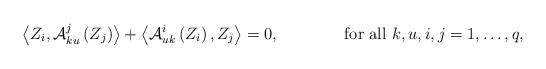
LaTeX: \begin{align*}\left<Z_{i},\mathcal{A}_{ku}^{j}\left(Z_{j}\right)\right>+\left<\mathcal{A}_{uk}^{i}\left(Z_{i}\right),Z_{j}\right>=0,\quad\quad\quad\quad\mbox{for all $ k,u,i,j=1,\dots,q$, } \end{align*}